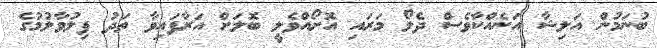
ބުނަމުން އަލިޝާ އަނެއްކާވެސް ދެލޯ މަރައި އޮށޯއްވެލީ ބޮލަށް އަރާފައިވާ ތަދު ފިލުވާލުމުގެ